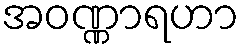
အဝဏ္ဏာရဟာ